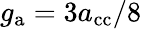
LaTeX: g_{\mathrm{a}}=3a_{\textnormal{cc}}/8